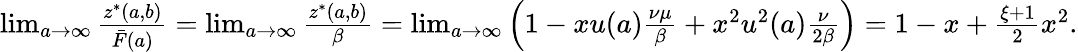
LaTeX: \begin{array}{r}{\operatorname*{lim}_{a\rightarrow\infty}\frac{z^{*}(a,b)}{\bar{F}(a)}=\operatorname*{lim}_{a\rightarrow\infty}\frac{z^{*}(a,b)}{\beta}=\operatorname*{lim}_{a\rightarrow\infty}\left(1-xu(a)\frac{\nu\mu}{\beta}+x^{2}u^{2}(a)\frac{\nu}{2\beta}\right)=1-x+\frac{\xi+1}{2}x^{2}.}\end{array}